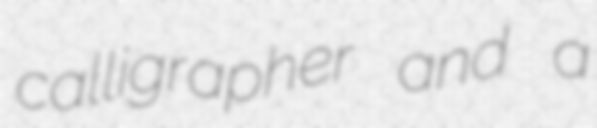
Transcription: calligrapher and a